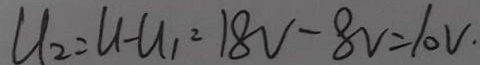
U _ { 2 } = U - U _ { 1 } = 1 8 V - 8 V = 1 0 V .